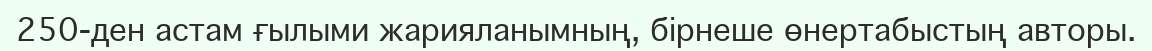
250-ден астам ғылыми жарияланымның, бірнеше өнертабыстың авторы.